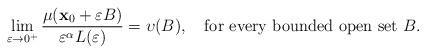
LaTeX: \begin{align*}\lim_{\varepsilon\to 0^{+}}\frac{ \mu(\mathbf{x}_{0}+\varepsilon B)}{\varepsilon^{\alpha}L(\varepsilon)}=\upsilon(B), \ \ \ \mbox{for every bounded open set }B.\end{align*}